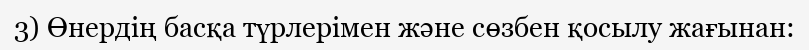
3) Өнердің басқа түрлерімен және сөзбен қосылу жағынан: